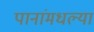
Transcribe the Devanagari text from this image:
पानांमधल्या